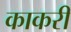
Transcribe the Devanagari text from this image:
काकरी